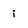
Character: i